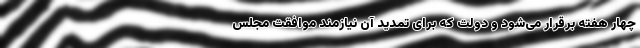
چهار هفته برقرار می‌شود و دولت که برای تمدید آن نیازمند موافقت مجلس